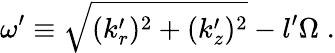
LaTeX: \omega^{\prime}\equiv\sqrt{(k_{r}^{\prime})^{2}+(k_{z}^{\prime})^{2}}-l^{\prime}\Omega\; .